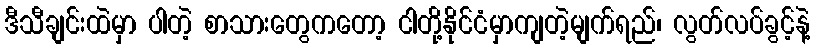
ဒီသီချင်းထဲမှာ ပါတဲ့ စာသားတွေကတော့ ငါတို့နိုင်ငံမှာကျတဲ့မျက်ရည်၊ လွတ်လပ်ခွင့်နဲ့